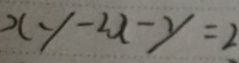
x y - 2 x - y = 2